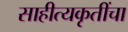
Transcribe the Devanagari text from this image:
साहीत्यकृतींचा